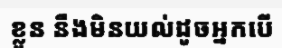
ខ្លួន នឹងមិនយល់ដូចអ្នកបើ